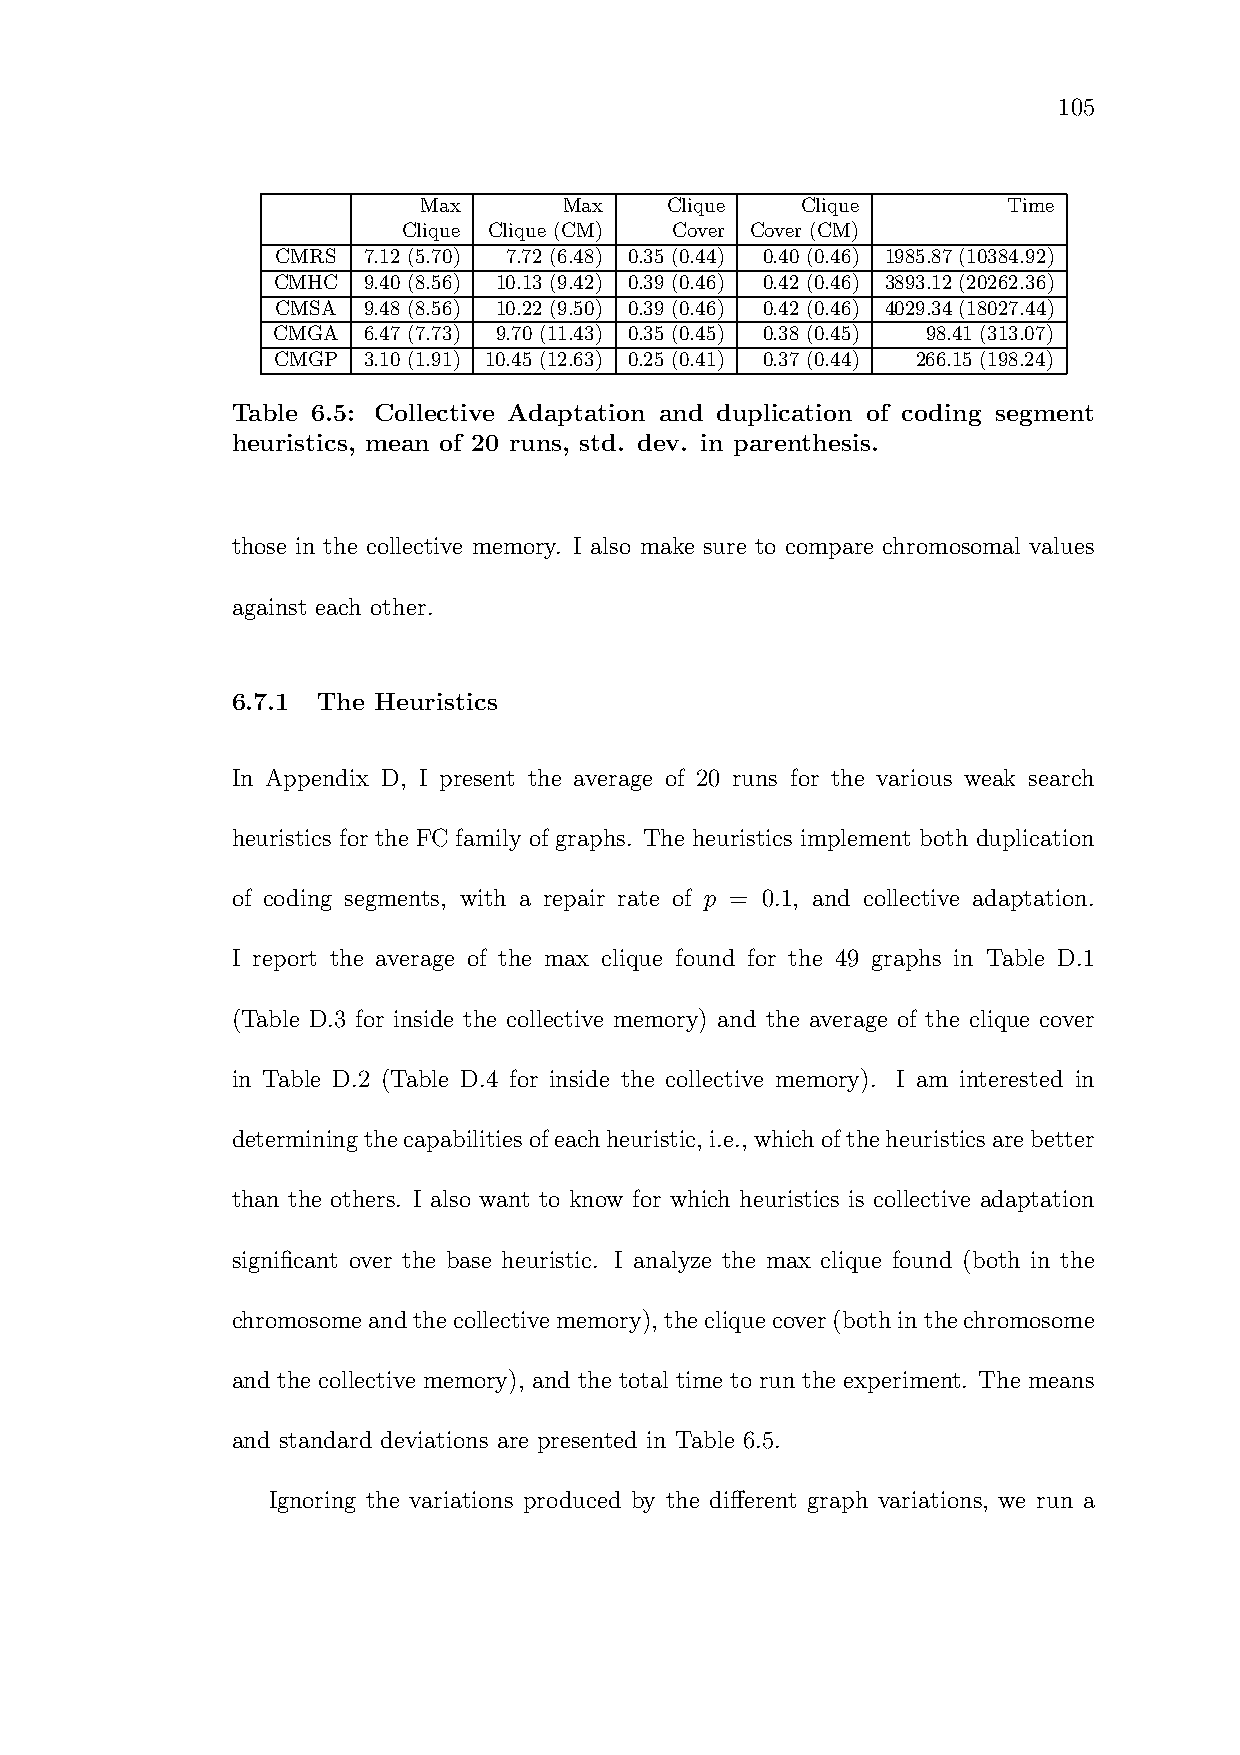
105
 Max      Max    Clique   Clique        Time
 Clique Clique (CM) Cover Cover (CM)
 CMRS  7.12 (5.70) 7.72 (6.48) 0.35 (0.44) 0.40 (0.46) 1985.87(10384.92)
 CMHC  9.40 (8.56) 10.13 (9.42) 0.39 (0.46) 0.42 (0.46) 3893.12(20262.36)
 CMSA  9.48 (8.56) 10.22 (9.50) 0.39 (0.46) 0.42 (0.46) 4029.34(18027.44)
 CMGA  6.47 (7.73) 9.70 (11.43) 0.35 (0.45) 0.38 (0.45) 98.41 (313.07)
 CMGP  3.10 (1.91) 10.45 (12.63) 0.25 (0.41) 0.37 (0.44) 266.15 (198.24)
 Table 6.5: Collective Adaptation and duplication of coding segment
 heuristics, mean of 20 runs, std. dev. in parenthesis.
 those in the collective memory. I also make sure to compare chromosomal values
 against each other.
 6.7.1 The Heuristics
 In Appendix D, I present the average of 20 runs for the various weak search
 heuristics for the FC family of graphs. The heuristics implement both duplication
 of coding segments, with a repair rate of p = 0.1, and collective adaptation.
 I report the average of the max clique found for the 49 graphs in Table D.1
 (Table D.3 for inside the collective memory) and the average of the clique cover
 in Table D.2 (Table D.4 for inside the collective memory). I am interested in
 determiningthecapabilitiesofeachheuristic, i.e., whichoftheheuristicsarebetter
 than the others. I also want to know for which heuristics is collective adaptation
 significant over the base heuristic. I analyze the max clique found (both in the
 chromosomeandthecollectivememory), thecliquecover(bothinthechromosome
 and the collective memory), and the total time to run the experiment. The means
 and standard deviations are presented in Table 6.5.
 Ignoring the variations produced by the different graph variations, we run a